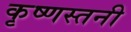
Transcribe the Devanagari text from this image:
कृष्णस्तनी